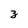
Character: z